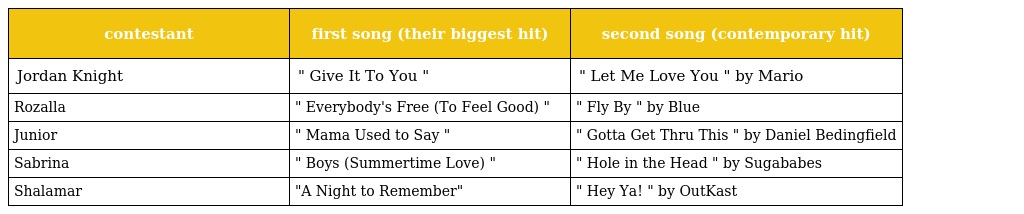
| contestant | first song (their biggest hit) | second song (contemporary hit) |
 | --- | --- | --- |
 | Jordan Knight | " Give It To You " | " Let Me Love You " by Mario |
 | Rozalla | " Everybody's Free (To Feel Good) " | " Fly By " by Blue |
 | Junior | " Mama Used to Say " | " Gotta Get Thru This " by Daniel Bedingfield |
 | Sabrina | " Boys (Summertime Love) " | " Hole in the Head " by Sugababes |
 | Shalamar | "A Night to Remember" | " Hey Ya! " by OutKast |